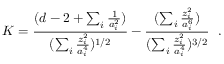
K = { \frac { ( d - 2 + \sum _ { i } { \frac { 1 } { a _ { i } ^ { 2 } } } ) } { ( \sum _ { i } { \frac { z _ { i } ^ { 2 } } { a _ { i } ^ { 4 } } } ) ^ { 1 / 2 } } } - { \frac { ( \sum _ { i } { \frac { z _ { i } ^ { 2 } } { a _ { i } ^ { 6 } } } ) } { ( \sum _ { i } { \frac { z _ { i } ^ { 2 } } { a _ { i } ^ { 4 } } } ) ^ { 3 / 2 } } } ~ ~ .